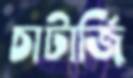
চাটার্জি